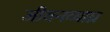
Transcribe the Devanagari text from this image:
जीवनव्याघ्र